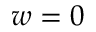
w = 0